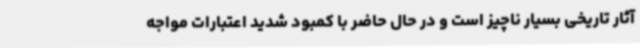
آثار تاریخی بسیار ناچیز است و در حال حاضر با کمبود شدید اعتبارات مواجه